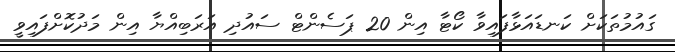
ގައުމުތަކަށް ކަނޑައަޅާފައިވާ ކޯޓާ އިން 20 ޕަސެންޓް ސައުދި އަރަބިއްޔާ އިން މަދުކޮށްފައިވީ